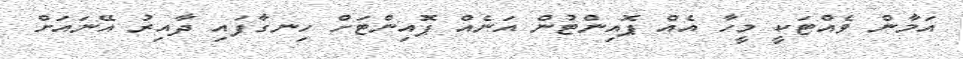
އަމާން ވެއްޓަކީ މީހާ އެއް ޕޮއިންޓުން އަނެއް ޕޮއިންޓަށް ހިނގާފައި ދާއިރު އޭނައަށް